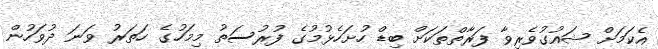
އެކަމަށް ޝައުގުވެރިވާ ފަރާތްތަކަށް ބިޑް ހުށަހެޅުމުގެ ފުރުސަތު މިމަހުގެ ހަތަރު ވަނަ ދުވަހުން